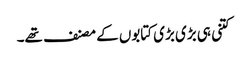
کتنی ہی بڑی بڑی کتابوں کے مصنف تھے۔